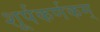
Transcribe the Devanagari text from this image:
शूर्पकर्णकम्